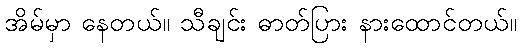
အိမ်မှာ နေတယ်။ သီချင်း ဓာတ်ပြား နားထောင်တယ်။